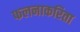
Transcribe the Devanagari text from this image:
फलनाकरिता